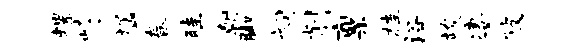
螺崎猛春畦朝脚祠削禀桂浴竣凄陂